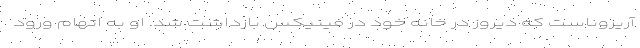
آریزوناست که دیروز در خانه خود در فینیکس بازداشت شد. او به اتهام ورود